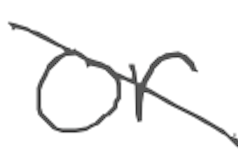
Text: or
Cross-out: diagonal
Writing tool: digital_gray